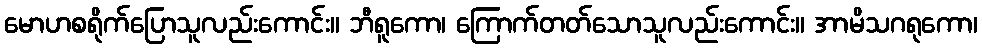
မောဟစရိုက်ပြောသူလည်းကောင်း။ ဘီရူကော၊ ကြောက်တတ်သောသူလည်းကောင်း။ အာမိသဂရုကော၊